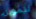
لتمويل